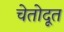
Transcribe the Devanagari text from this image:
चेतोदूत